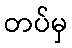
တပ်မှ